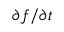
\partial f / \partial t